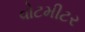
વોટમીટર